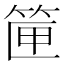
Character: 筪